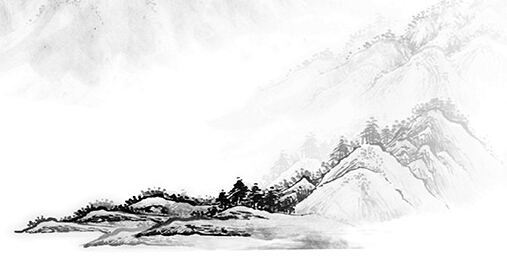
冬夜夜寒觉夜长，沉吟久坐坐北堂。